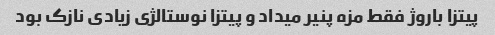
پیتزا باروژ فقط مزه پنیر میداد و پیتزا نوستالژی زیادی نازک بود